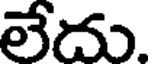
లేదు.